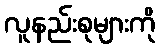
လူနည်းစုများကို